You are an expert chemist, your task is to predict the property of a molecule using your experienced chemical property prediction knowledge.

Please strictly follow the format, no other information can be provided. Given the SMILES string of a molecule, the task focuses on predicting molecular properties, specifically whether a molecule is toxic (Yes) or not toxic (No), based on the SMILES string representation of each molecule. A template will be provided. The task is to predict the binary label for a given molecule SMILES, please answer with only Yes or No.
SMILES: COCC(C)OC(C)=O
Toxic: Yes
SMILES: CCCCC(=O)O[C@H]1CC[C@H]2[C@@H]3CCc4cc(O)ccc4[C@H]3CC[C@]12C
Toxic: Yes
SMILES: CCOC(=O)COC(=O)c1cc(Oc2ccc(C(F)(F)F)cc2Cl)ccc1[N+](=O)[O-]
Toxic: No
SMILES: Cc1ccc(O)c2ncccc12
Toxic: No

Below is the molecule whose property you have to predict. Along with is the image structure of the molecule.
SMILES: C/C=C1/C(=O)C[C@H]2[C@@H]3CCC4=CC(=O)CC[C@]4(C)[C@H]3CC[C@]12C
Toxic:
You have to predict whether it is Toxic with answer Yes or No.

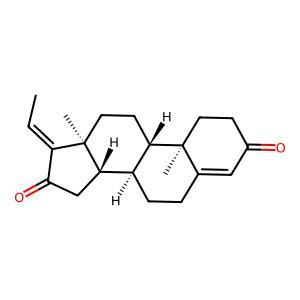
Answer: No